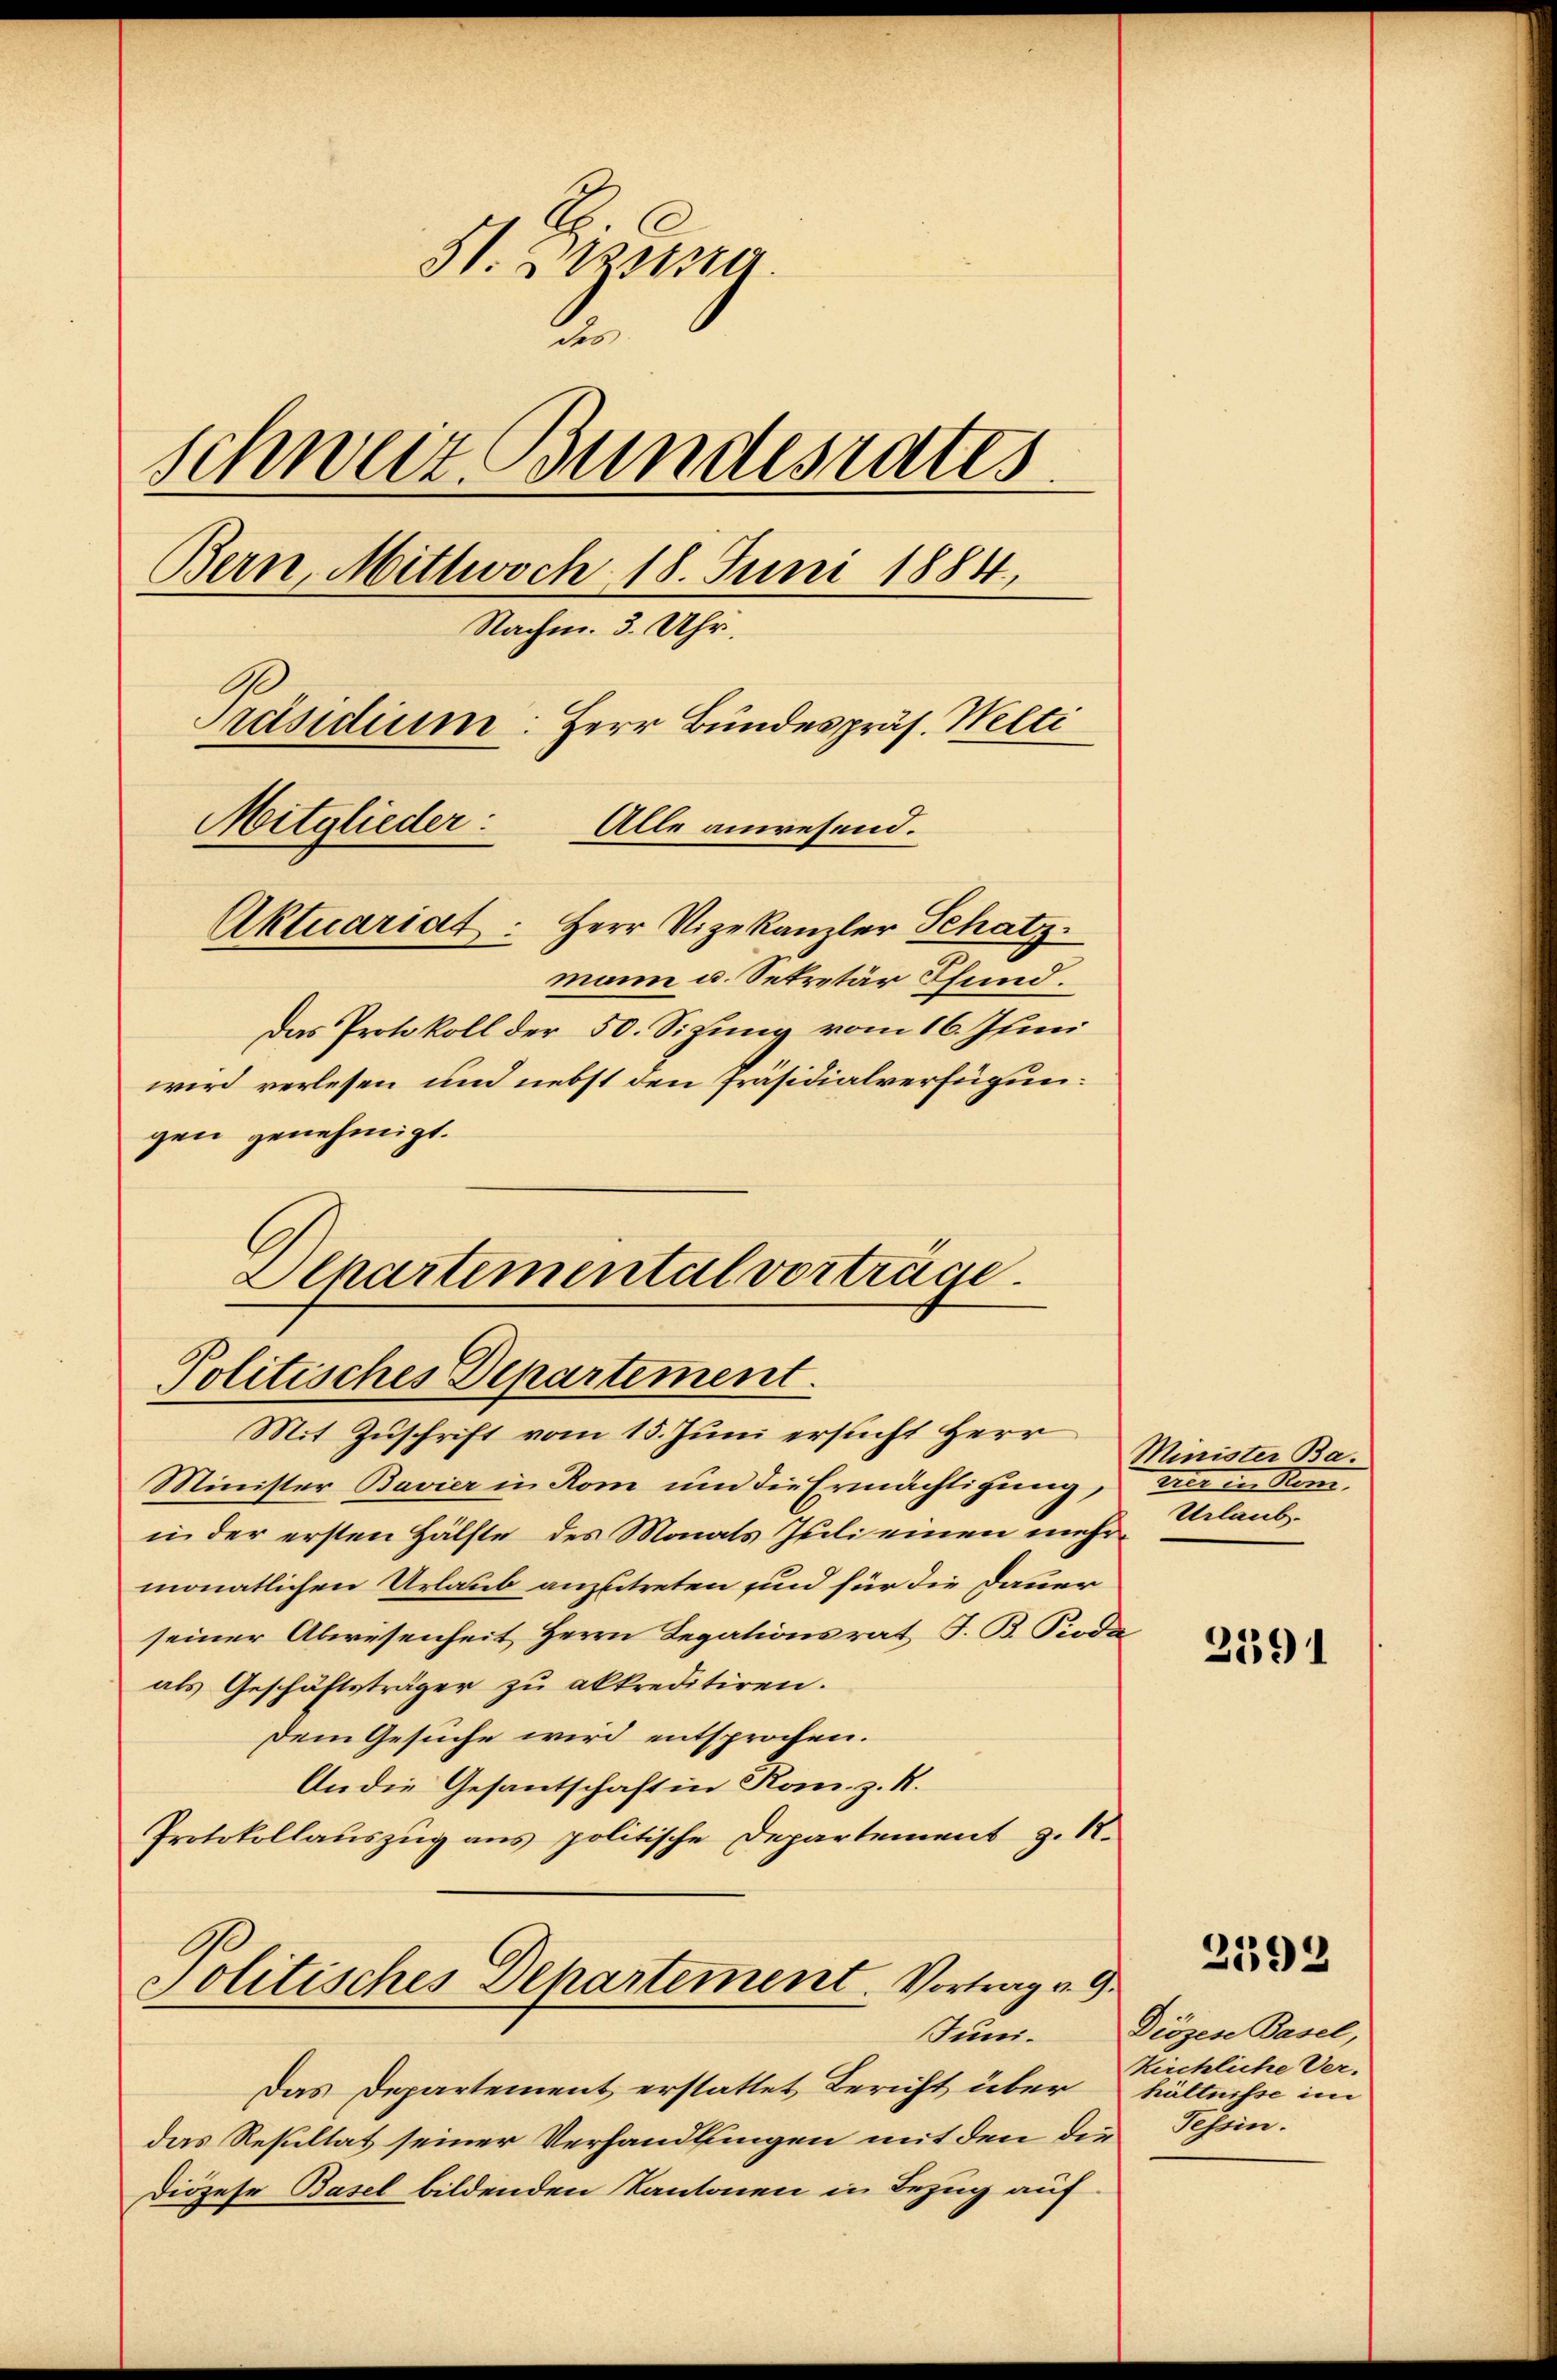
51. Dessa.
2.
schweiz. Bundesrates
Bern, Mittwoch 18. Juni 1884.
Nachm. 3. Uhr,
Präsidium: Herr Bundespräs. Welti
Mitglieder: Alle anwesend.
Aktuariat: Herr Vizekanzler Schatz.
mann u. Sekretär Thund.

Das Protokoll der 50. Sizung vom 16. Junii
wird verlesen und nebst den Präsidialverfügungen genehmigt.
Minister Bavier in Rom um die Ermächtigung,
in der ersten Hälfte des Monats Juli einen mehrmonatlichen Urlaub anzutreten sind für die Dauer
seiner Abwesenheit Herrn Legationsrat J. B. Pioda
als Geschäftsträger zŭ akkreditiren.
Dem Gesuche wird entsprochen.
An die Gesantschaft in Kanz. R.
Protokollauszug aus politische Departement z. B.
Politisches Departement. Vortrag v. 9.
Juni.
Das Departement erstattet Bericht über hältnisse im
das Resultat seiner Verhandlungen mit den die
Diözese Basel bildenden Kantonen in Bezug auf

Alpartemental vorträge.
Politisches Departement.
Mit Zuschrift vom 15. Juni ersucht Herr

Minister Ba
tier in Stem
Urlaub.

2391

2592

Diözese Basel,
Kirchliche Ver-
Tessin.